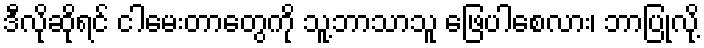
ဒီလိုဆိုရင် ငါမေးတာတွေကို သူ့ဘာသာသူ ဖြေပါစေလား၊ ဘာပြုလို့